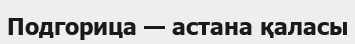
Подгорица — астана қаласы